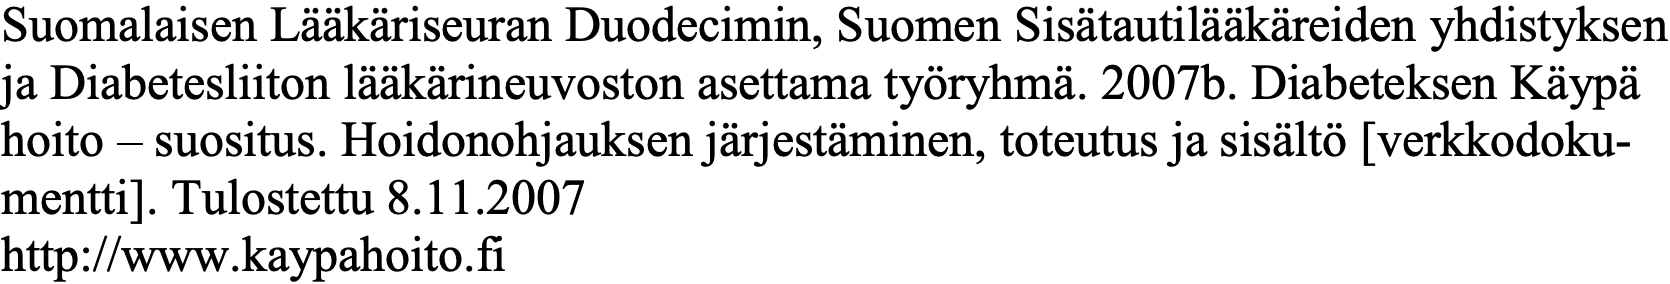
Suomalaisen Lääkäriseuran Duodecimin, Suomen Sisätautilääkäreiden yhdistyksen ja Diabetesliiton lääkärineuvoston asettama työryhmä. 2007b. Diabeteksen Käypä hoito – suositus. Hoidonohjauksen järjestäminen, toteutus ja sisältö [verkkodoku- mentti]. Tulostettu 8.11.2007 http://www.kaypahoito.fi